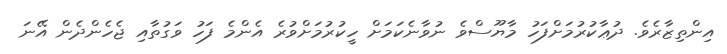
އިންތިޒާރެވެ. ދުޢާކުރުމަށްފަހު މާޔޫސްވެ ނުވާނެކަމަށް ހީކުރުމަށްވުރެ އެންމެ ފަހު ވަގުތާއި ޖެހެންދެން އޭނަ